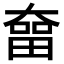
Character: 𡙲